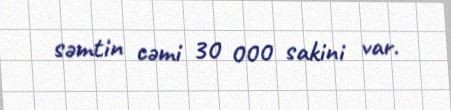
səmtin cəmi 30 000 sakini var.